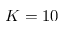
K = 1 0